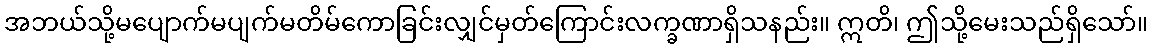
အဘယ်သို့မပျောက်မပျက်မတိမ်ကောခြင်းလျှင်မှတ်ကြောင်းလက္ခဏာရှိသနည်း။ ဣတိ၊ ဤသို့မေးသည်ရှိသော်။